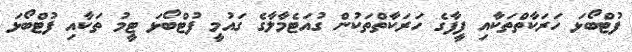
ފުޓްބޯޅަ ހަރަކާތްތަކާއި ފީފާގެ ހަރަކާތްތަކުން ގުއަޓެމާލާގެ ގައުމީ ފުޓްބޯޅަ ޓީމު ތަކާއި ފުޓްބޯޅަ